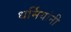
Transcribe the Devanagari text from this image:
धर्मियांनी